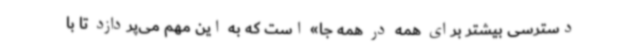
دسترسی بیشتر برای همه در همه جا» است که به این مهم می‌پردازد تا با